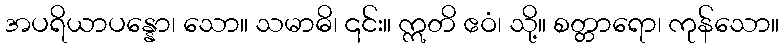
အပရိယာပန္နော၊ သော။ သမာဓိ၊ ၎င်း။ ဣတိ ဧဝံ၊ သို့။ စတ္တာရော၊ ကုန်သော။